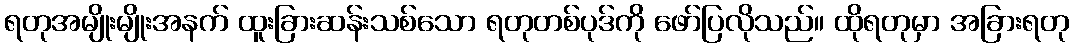
ရတုအမျိုးမျိုးအနက် ထူးခြားဆန်းသစ်သော ရတုတစ်ပုဒ်ကို ဖော်ပြလိုသည်။ ထိုရတုမှာ အခြားရတု